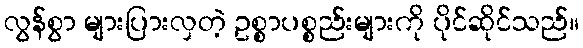
လွန်စွာ များပြားလှတဲ့ ဥစ္စာပစ္စည်းများကို ပိုင်ဆိုင်သည်။